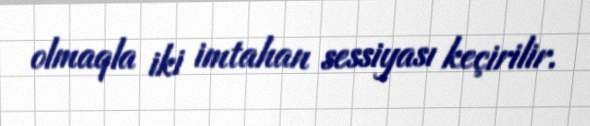
olmaqla iki imtahan sessiyası keçirilir.